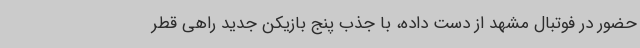
حضور در فوتبال مشهد از دست داده، با جذب پنج بازیکن جدید راهی قطر